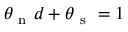
\theta _ { \mathrm { ~ n ~ } } d + \theta _ { \mathrm { ~ s ~ } } = 1